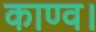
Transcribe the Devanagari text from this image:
काण्व।